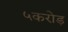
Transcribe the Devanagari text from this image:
५करोड़